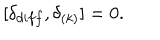
[ \delta _ { d i f f } , \delta _ { ( k ) } ] = 0 .